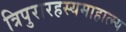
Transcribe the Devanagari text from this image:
त्रिपुरारहस्यमाहात्म्य